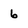
Character: 6